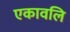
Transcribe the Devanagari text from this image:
एकावलि